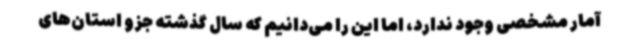
آمار مشخصی وجود ندارد، اما این را می‌دانیم که سال گذشته جزو استان‌های